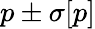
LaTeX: p\pm\sigma[p]